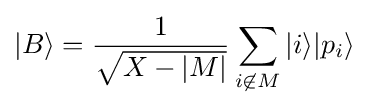
|B\rangle ={\frac {1}{\sqrt {X-|M|}}}\sum _{i\not \in M}|i\rangle |p_{i}\rangle